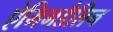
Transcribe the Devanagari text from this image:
ऐमिगडैलिन